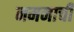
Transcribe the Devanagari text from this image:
नमनाची